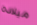
ميلاده